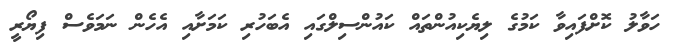
ހަވާލު ކޮށްފައިވާ ކަމުގެ ލިޔެކިއުންތައް ކައުންސިލްގައި އެބަހުރި ކަމަށާއި އެހެން ނަމަވެސް ފިޔޯރީ